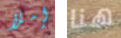
إملأ هنا